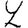
Digit: 2